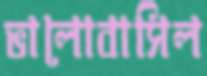
ভালোবাসিল